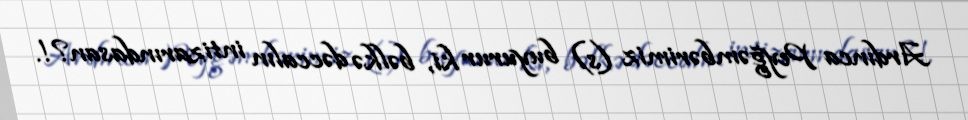
Ardınca Peyğəmbərimiz (s) buyurur ki, bəlkə dəccalın intizarındasan?!.